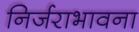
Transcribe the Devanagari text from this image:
निर्जराभावना